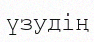
үзудің